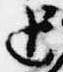
追